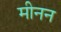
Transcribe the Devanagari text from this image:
मीनन